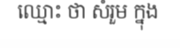
ឈ្មោះ ថា សំរួម ក្នុង